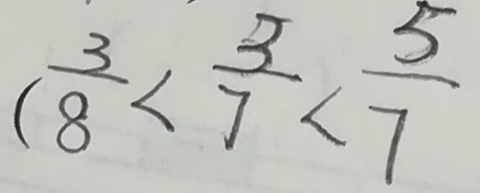
( \frac { 3 } { 8 } < \frac { 3 } { 7 } < \frac { 5 } { 7 }